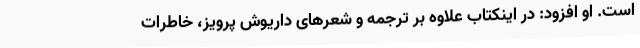
است. او افزود: در اینکتاب علاوه بر ترجمه و شعرهای داریوش پرویز، خاطرات